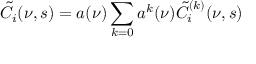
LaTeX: \tilde { C } _ { i } ( \nu , s ) = a ( \nu ) \sum _ { k = 0 } a ^ { k } ( \nu ) \tilde { C } _ { i } ^ { ( k ) } ( \nu , s )